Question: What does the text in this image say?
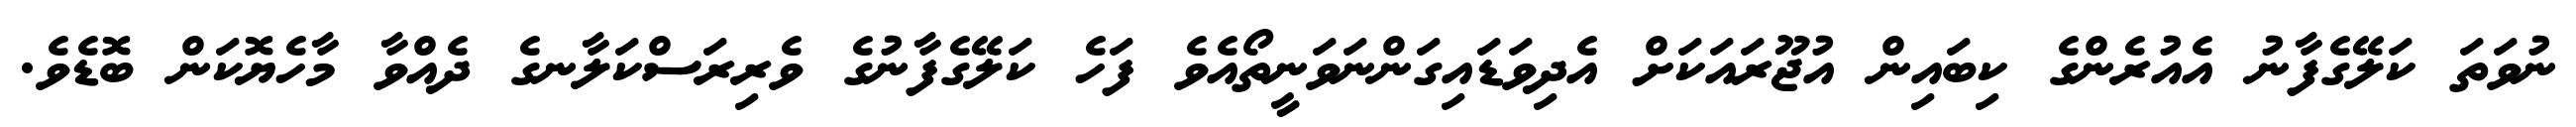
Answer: ނުވަތަ ކަލޭގެފާނު އެއުރެންގެ ކިބައިން އުޖޫރައަކަށް އެދިވަޑައިގަންނަވަނީތޯއެވެ ފަހެ ކަލޭގެފާނުގެ ވެރިރަސްކަލާނގެ ދެއްވާ މާހެޔޮކަން ބޮޑެވެ.